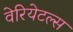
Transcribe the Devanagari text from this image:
वेरियेटल्स